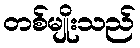
တစ်မျိုးသည်